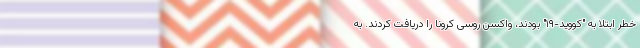
خطر ابتلا به "کووید-۱۹" بودند، واکسن روسی کرونا را دریافت کردند. به